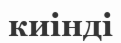
киінді